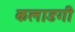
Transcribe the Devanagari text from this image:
कलाडगी